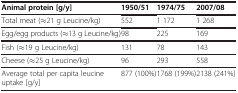
| Animal protein [g/y] | 1950/51 | 1974/75 | 2007/08 |
 | --- | --- | --- | --- |
 | Total meat (≈21 g Leucine/kg) | 552 | 1 172 | 1 268 |
 | Egg/egg products (≈13 g Leucine/kg) | 98 | 225 | 169 |
 | Fish (≈19 g Leucine/kg) | 131 | 78 | 143 |
 | Cheese (≈25 g Leucine/kg) | 96 | 293 | 558 |
 | Average total per capita leucine uptake [g/y] | 877 (100%) | 1768 (199%) | 2138 (241%) |